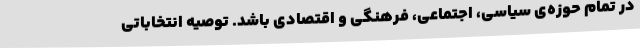
در تمام حوزه‌ی سیاسی، اجتماعی، فرهنگی و اقتصادی باشد. توصیه انتخاباتی